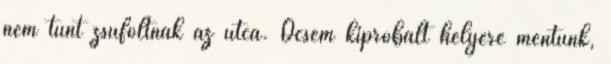
nem tűnt zsúfoltnak az utca. Öcsém kipróbált helyére mentünk,